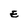
Character: E